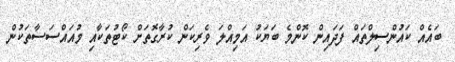
ބައެއް ކައުންސިލްތައް ފަދައިން ކޮންމެ ބަޔަކު އަމިއްލަ ވެރިކަން ކުރާގޮތަށް ކޯޓުތަކާއި މުއައްސަސާތަކުން